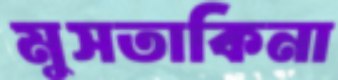
মুসতাকিনা